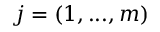
j = ( 1 , . . . , m )